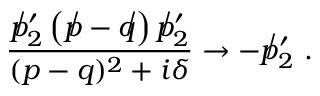
\frac { \not p _ { 2 } ^ { \prime } \left( \not p - \not q \right) \not p _ { 2 } ^ { \prime } } { ( p - q ) ^ { 2 } + i \delta } \rightarrow - \not p _ { 2 } ^ { \prime } ~ .